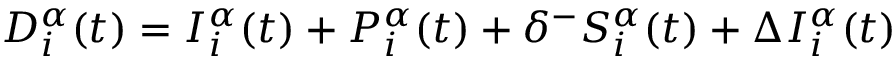
D _ { i } ^ { \alpha } ( t ) = I _ { i } ^ { \alpha } ( t ) + P _ { i } ^ { \alpha } ( t ) + \delta ^ { - } S _ { i } ^ { \alpha } ( t ) + \Delta I _ { i } ^ { \alpha } ( t )